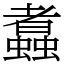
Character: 䘄